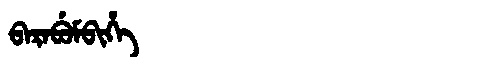
Manchu: ᠪᠠᡵᠠᠪᡠᠮᠪᡳᡥᡝ
Romanization: BARABUMBIHE